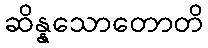
ဆိန္နသောတောတိ